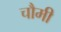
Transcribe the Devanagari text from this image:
चौमी